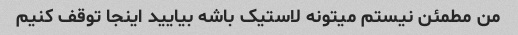
من مطمئن نیستم میتونه لاستیک باشه بیایید اینجا توقف کنیم